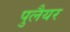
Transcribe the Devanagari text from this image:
पुलैयर